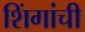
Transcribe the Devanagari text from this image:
शिंगांची